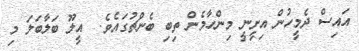
އައިސް ދެމީހުން އިށީނީ މިންހާމެން ތިބި ބެންޗުގައެވެ.  އީލޫ ބަލާބަލަ މި